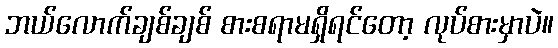
ဘယ်လောက်ချစ်ချစ် စားစရာမရှိရင်တော့ လုပ်စားမှာပဲ။